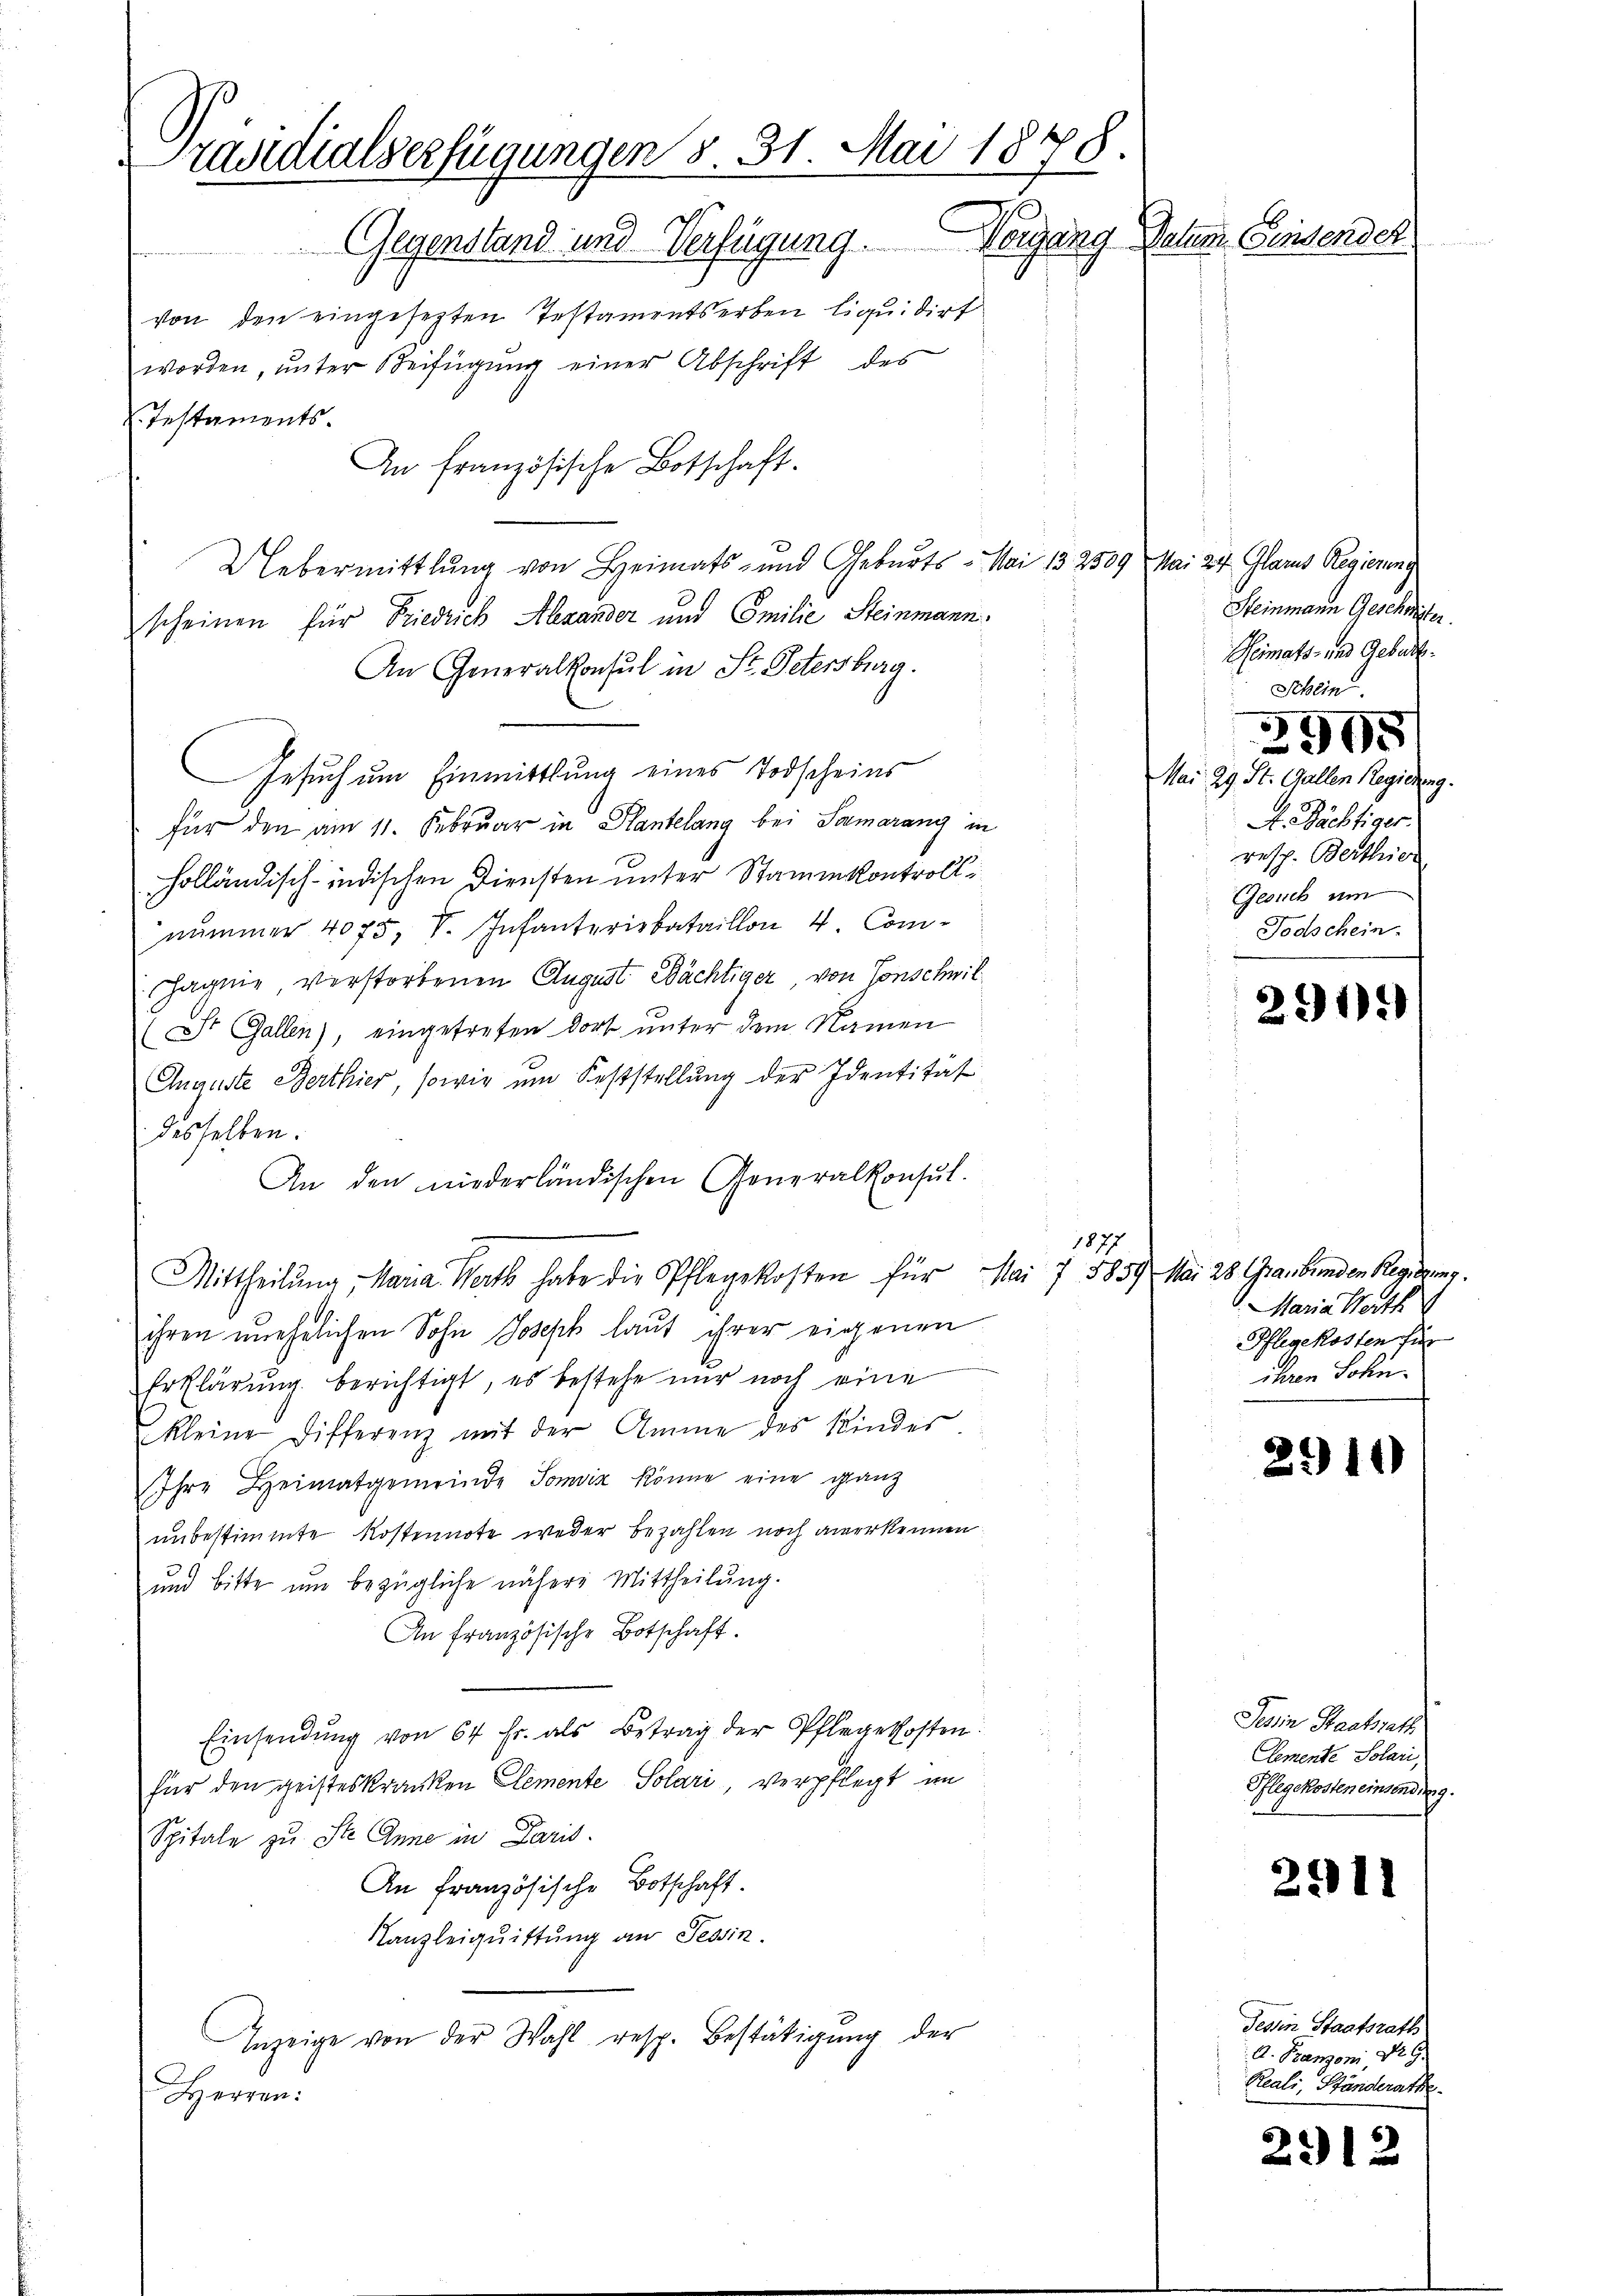
rasidialverfügungen §. 31. Mai 1878.
Gegenstand und Verfügung. Vorgang Datum Einsensch
von den eingesezten Testamentserben liquidirt
worden, ŭnter Beifügŭng einer Abschrift des

Testaments.
An Französische Botschaft.
Uebermittlung von Heimats- und Geburts- Mai 132509 Mai 24. Glarus Regierung
scheinen für Friedrich Alexander und Emilie Steinmann.
An Generalkonsul in St. Petersburg.
Gesuch um Einmittlung eines Todscheins
für den am 11. Februar in Plantelang bei Samarang in
holländisch-indischen Diensten unter Stammenkontroll
nummer 4075, S. Infanteriebataillon 4. Comagnie verstorbenen August Nächtiger, von Jonschwil
(St. Gallen), eingetreten dort unter dem Namen
Auguste Berthier, sowie um Feststellung der Identität
desselben.
An den niederländischen Generalkonsul-
1877
Mittheilung, Maria Werth habe die Pflegekosten für Mai 7 5859 Mai 28. Graubünden Regierung.
ihren unehelichen Sohn Joseph laut ihrer eigenen
Erklärung berichtigt, es bestehe nur noch eine
kleine Differenz mit der Amme des Kinder
Ihre Heimatgemeinde Somviz könne eine ganz
unbestimmte Kostennote weder bezahlen noch anerkennen.
und bitte um bezügliche nähere Mittheilung.
An französische Botschaft.
Einsendŭng von 64 Fr. als Betrag der Pflegekosten:
für den geisteskranken Elemente Solari, verpflegt im
Spitale zu Ste Anne in Paris.
An Französische Botschaft.
Kanzleiquittung an Tessin.
Inzeige von der Wahl resp. Bestätigung der
Herren:

Steinmann Geschwister.
Heimats- und Geburt.
Schein
Mai 29. St. Gallen Regierung.
A. Pächtiger.
resp. Berthier
Gesuch um
Todschein.

291.

¬

3995

Maria Werth
Pflegekosten für
ihren Sohn.

2910

Tessin Staatsrath
Cemente Solari,
Pflegekosten einsendung.

2911

dessin Staatsrath
A. Branzoni, Nr. 9.
Reali, Ständerathe

2912